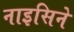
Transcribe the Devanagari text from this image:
नाइसिने